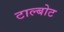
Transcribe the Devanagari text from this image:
टाल्बोट